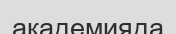
академияда